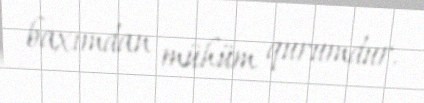
baxımdan mühüm qurumdur.